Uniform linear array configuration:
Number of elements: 4
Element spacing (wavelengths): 0.5
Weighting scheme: blackman
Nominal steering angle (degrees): -15
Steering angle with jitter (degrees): -16.06
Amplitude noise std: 0.05
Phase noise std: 0.05

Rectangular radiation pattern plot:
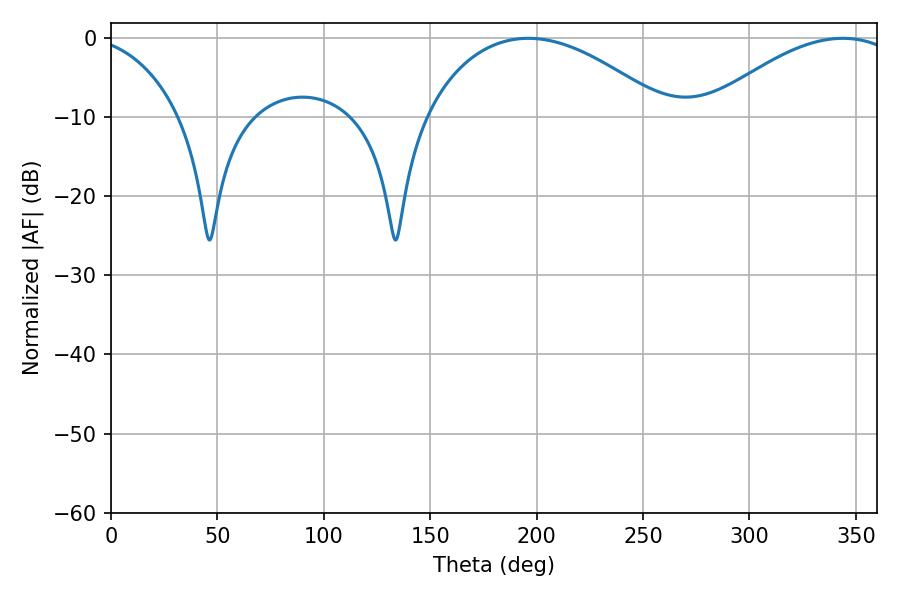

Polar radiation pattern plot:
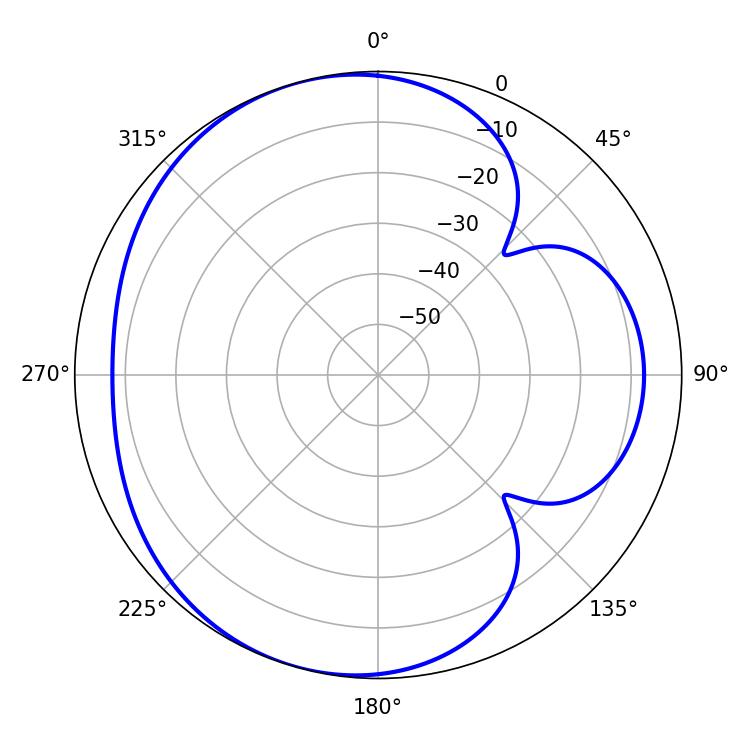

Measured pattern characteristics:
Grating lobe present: FALSE
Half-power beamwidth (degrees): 63.72
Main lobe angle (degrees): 196.02